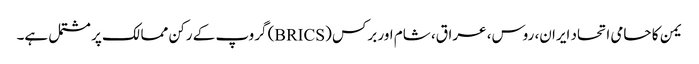
یمن کا حامی اتحاد ایران، روس، عراق، شام اور برکس (BRICS) گروپ کے رکن ممالک پر مشتمل ہے۔